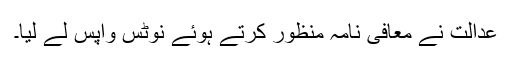
عدالت نے معافی نامہ منظور کرتے ہوئے نوٹس واپس لے لیا۔